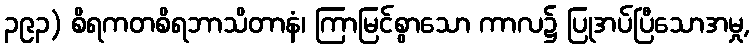
၃၉၃) စိရကတစိရဘာသိတာနံ၊ ကြာမြင်စွာသော ကာလ၌ ပြုအပ်ပြီသောအမှု,